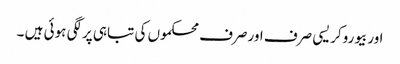
اوربیوروکریسی صرف اورصرف محکموں کی تباہی پرلگی ہوئی ہیں ۔